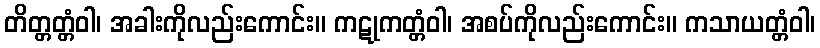
တိတ္တတ္တံဝါ၊ အခါးကိုလည်းကောင်း။ ကဋုကတ္တံဝါ၊ အစပ်ကိုလည်းကောင်း။ ကသာယတ္တံဝါ၊